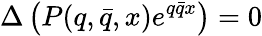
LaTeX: \Delta\left(P(q,\bar{q},x)e^{q\bar{q}x}\right)=0